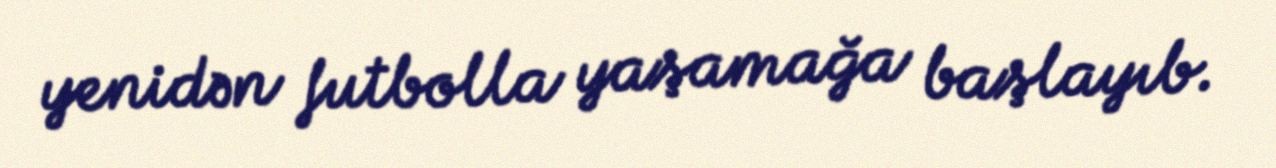
yenidən futbolla yaşamağa başlayıb.